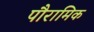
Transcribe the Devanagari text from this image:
पौरामिक